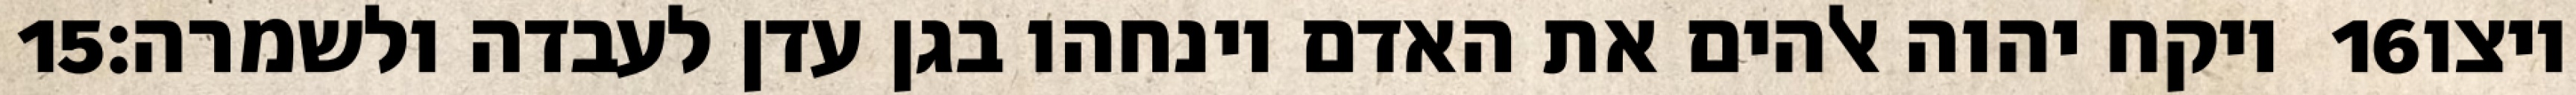
‎15‏ ויקח יהוה אלהים את האדם וינחהו בגן עדן לעבדה ולשמרה׃ ‎16‏ ויצו